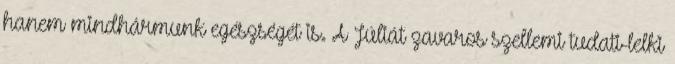
hanem mindhármunk egészségét is. A Júliát zavaros szellemi tudati-lelki